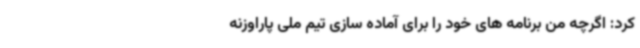
کرد: اگرچه من برنامه های خود را برای آماده سازی تیم ملی پاراوزنه